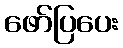
ဖော်ပြပေး